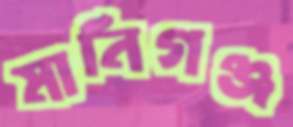
মানিগঞ্জ